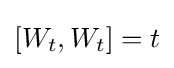
[W_{t},W_{t}]=t